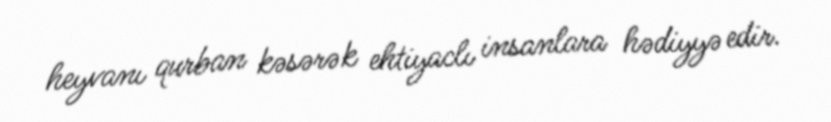
heyvanı qurban kəsərək ehtiyaclı insanlara hədiyyə edir.